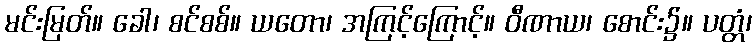
မင်းမြတ်။ ခေါ၊ စင်စစ်။ ယတော၊ အကြင့်ကြောင့်။ ဝီဏာယ၊ စောင်း၌။ ပတ္တံ၊